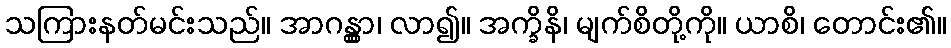
သကြားနတ်မင်းသည်။ အာဂန္တွာ၊ လာ၍။ အက္ခိနိ၊ မျက်စိတို့ကို။ ယာစိ၊ တောင်း၏။